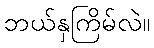
ဘယ်နှကြိမ်လဲ။